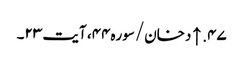
۴۷. ↑ دخان/سوره۴۴، آیت ۲۳۔